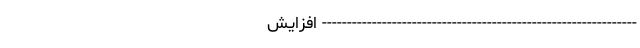
--------------------------------------------------------------- افزایش